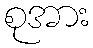
စုအား